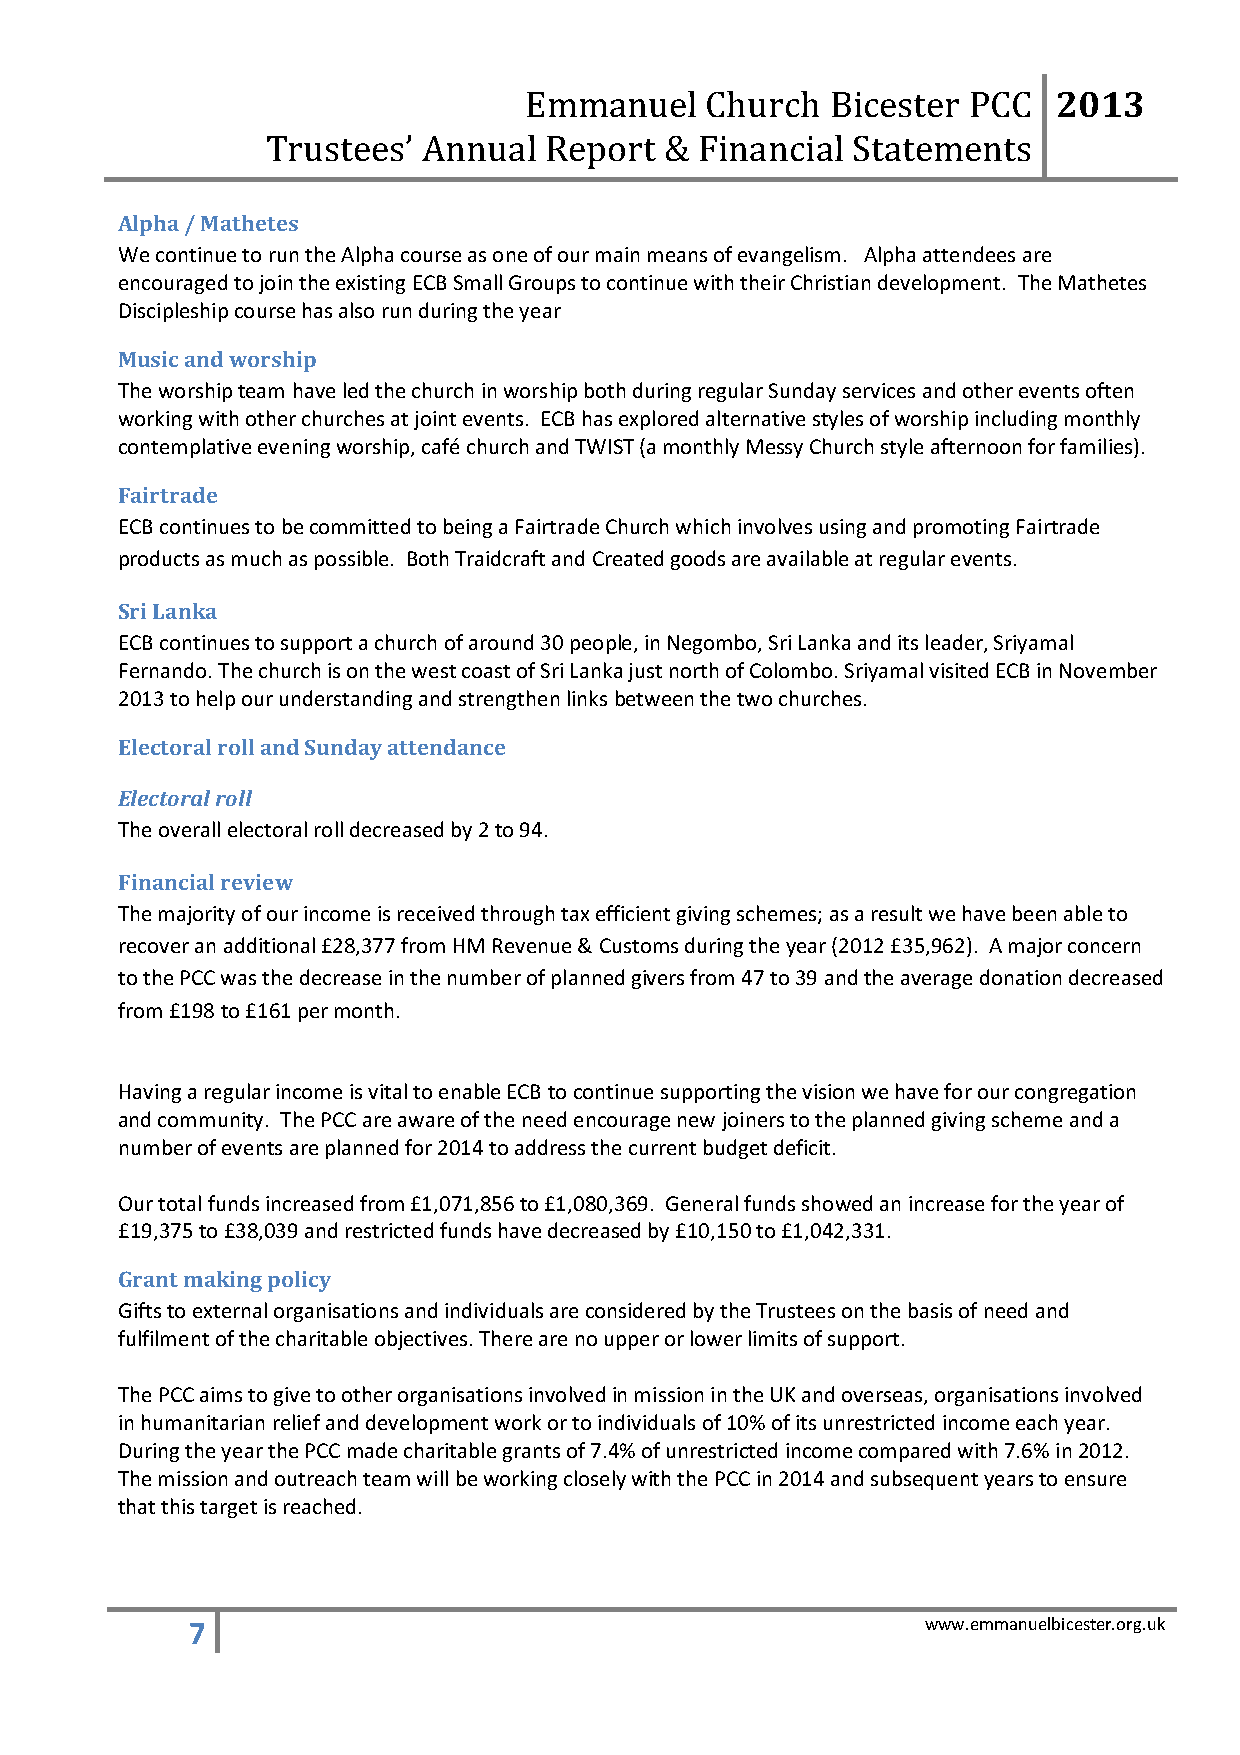
2013
 Emmanuel    Church  Bicester PCC
 Trustees’ Annual  Report  & Financial Statements
 Alpha / Mathetes
 We continue to run the Alpha course as one of our main means of evangelism. Alpha attendees are
 encouraged to join the existing ECB Small Groups to continue with their Christian development. The Mathetes
 Discipleship course has also run during the year
 Music and worship
 The worship team have led the church in worship both during regular Sunday services and other events often
 working with other churches at joint events. ECB has explored alternative styles of worship including monthly
 contemplative evening worship, café church and TWIST (a monthly Messy Church style afternoon for families).
 Fairtrade
 ECB continues to be committed to being a Fairtrade Church which involves using and promoting Fairtrade
 products as much as possible. Both Traidcraft and Created goods are available at regular events.
 Sri Lanka
 ECB continues to support a church of around 30 people, in Negombo, Sri Lanka and its leader, Sriyamal
 Fernando. The church is on the west coast of Sri Lanka just north of Colombo. Sriyamal visited ECB in November
 2013 to help our understanding and strengthen links between the two churches.
 Electoral roll and Sunday attendance
 Electoral roll
 The overall electoral roll decreased by 2 to 94.
 Financial review
 The majority of our income is received through tax efficient giving schemes; as a result we have been able to
 recover an additional £28,377 from HM Revenue & Customs during the year (2012 £35,962). A major concern
 to the PCC was the decrease in the number of planned givers from 47 to 39 and the average donation decreased
 from £198 to £161 per month.
 Having a regular income is vital to enable ECB to continue supporting the vision we have for our congregation
 and community. The PCC are aware of the need encourage new joiners to the planned giving scheme and a
 number of events are planned for 2014 to address the current budget deficit.
 Our total funds increased from £1,071,856 to £1,080,369. General funds showed an increase for the year of
 £19,375 to £38,039 and restricted funds have decreased by £10,150 to £1,042,331.
 Grant making policy
 Gifts to external organisations and individuals are considered by the Trustees on the basis of need and
 fulfilment of the charitable objectives. There are no upper or lower limits of support.
 The PCC aims to give to other organisations involved in mission in the UK and overseas, organisations involved
 in humanitarian relief and development work or to individuals of 10% of its unrestricted income each year.
 During the year the PCC made charitable grants of 7.4% of unrestricted income compared with 7.6% in 2012.
 The mission and outreach team will be working closely with the PCC in 2014 and subsequent years to ensure
 that this target is reached.
 7                                               www.emmanuelbicester.org.uk